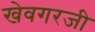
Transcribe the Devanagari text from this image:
खेवगरजी